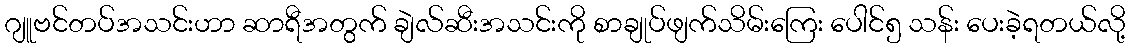
ဂျူဗင်တပ်အသင်းဟာ ဆာရီအတွက် ချဲလ်ဆီးအသင်းကို စာချုပ်ဖျက်သိမ်းကြေး ပေါင်၅ သန်း ပေးခဲ့ရတယ်လို့